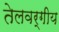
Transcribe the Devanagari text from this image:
तेलवर्गीय